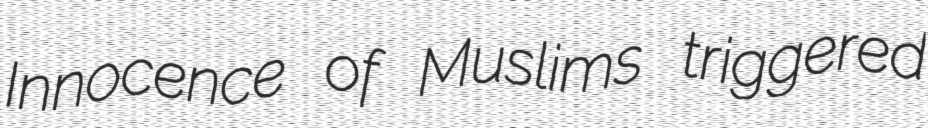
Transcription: Innocence of Muslims triggered